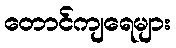
တောင်ကျရေများ